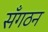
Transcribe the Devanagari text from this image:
सँगठन